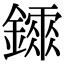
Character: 𨭂